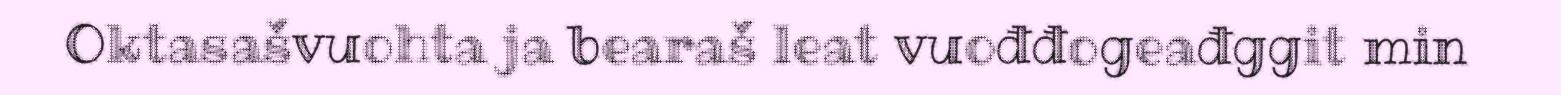
Oktasašvuohta ja bearaš leat vuođđogeađggit min